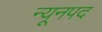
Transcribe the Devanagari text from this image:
न्यूनपद